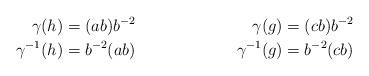
LaTeX: \begin{align*}\gamma(h) &= (ab)b^{-2} &\gamma(g) = (cb)b^{-2} \\ \gamma^{-1}(h) &= b^{-2}(ab) &\gamma^{-1}(g) = b^{-2}(cb)\end{align*}